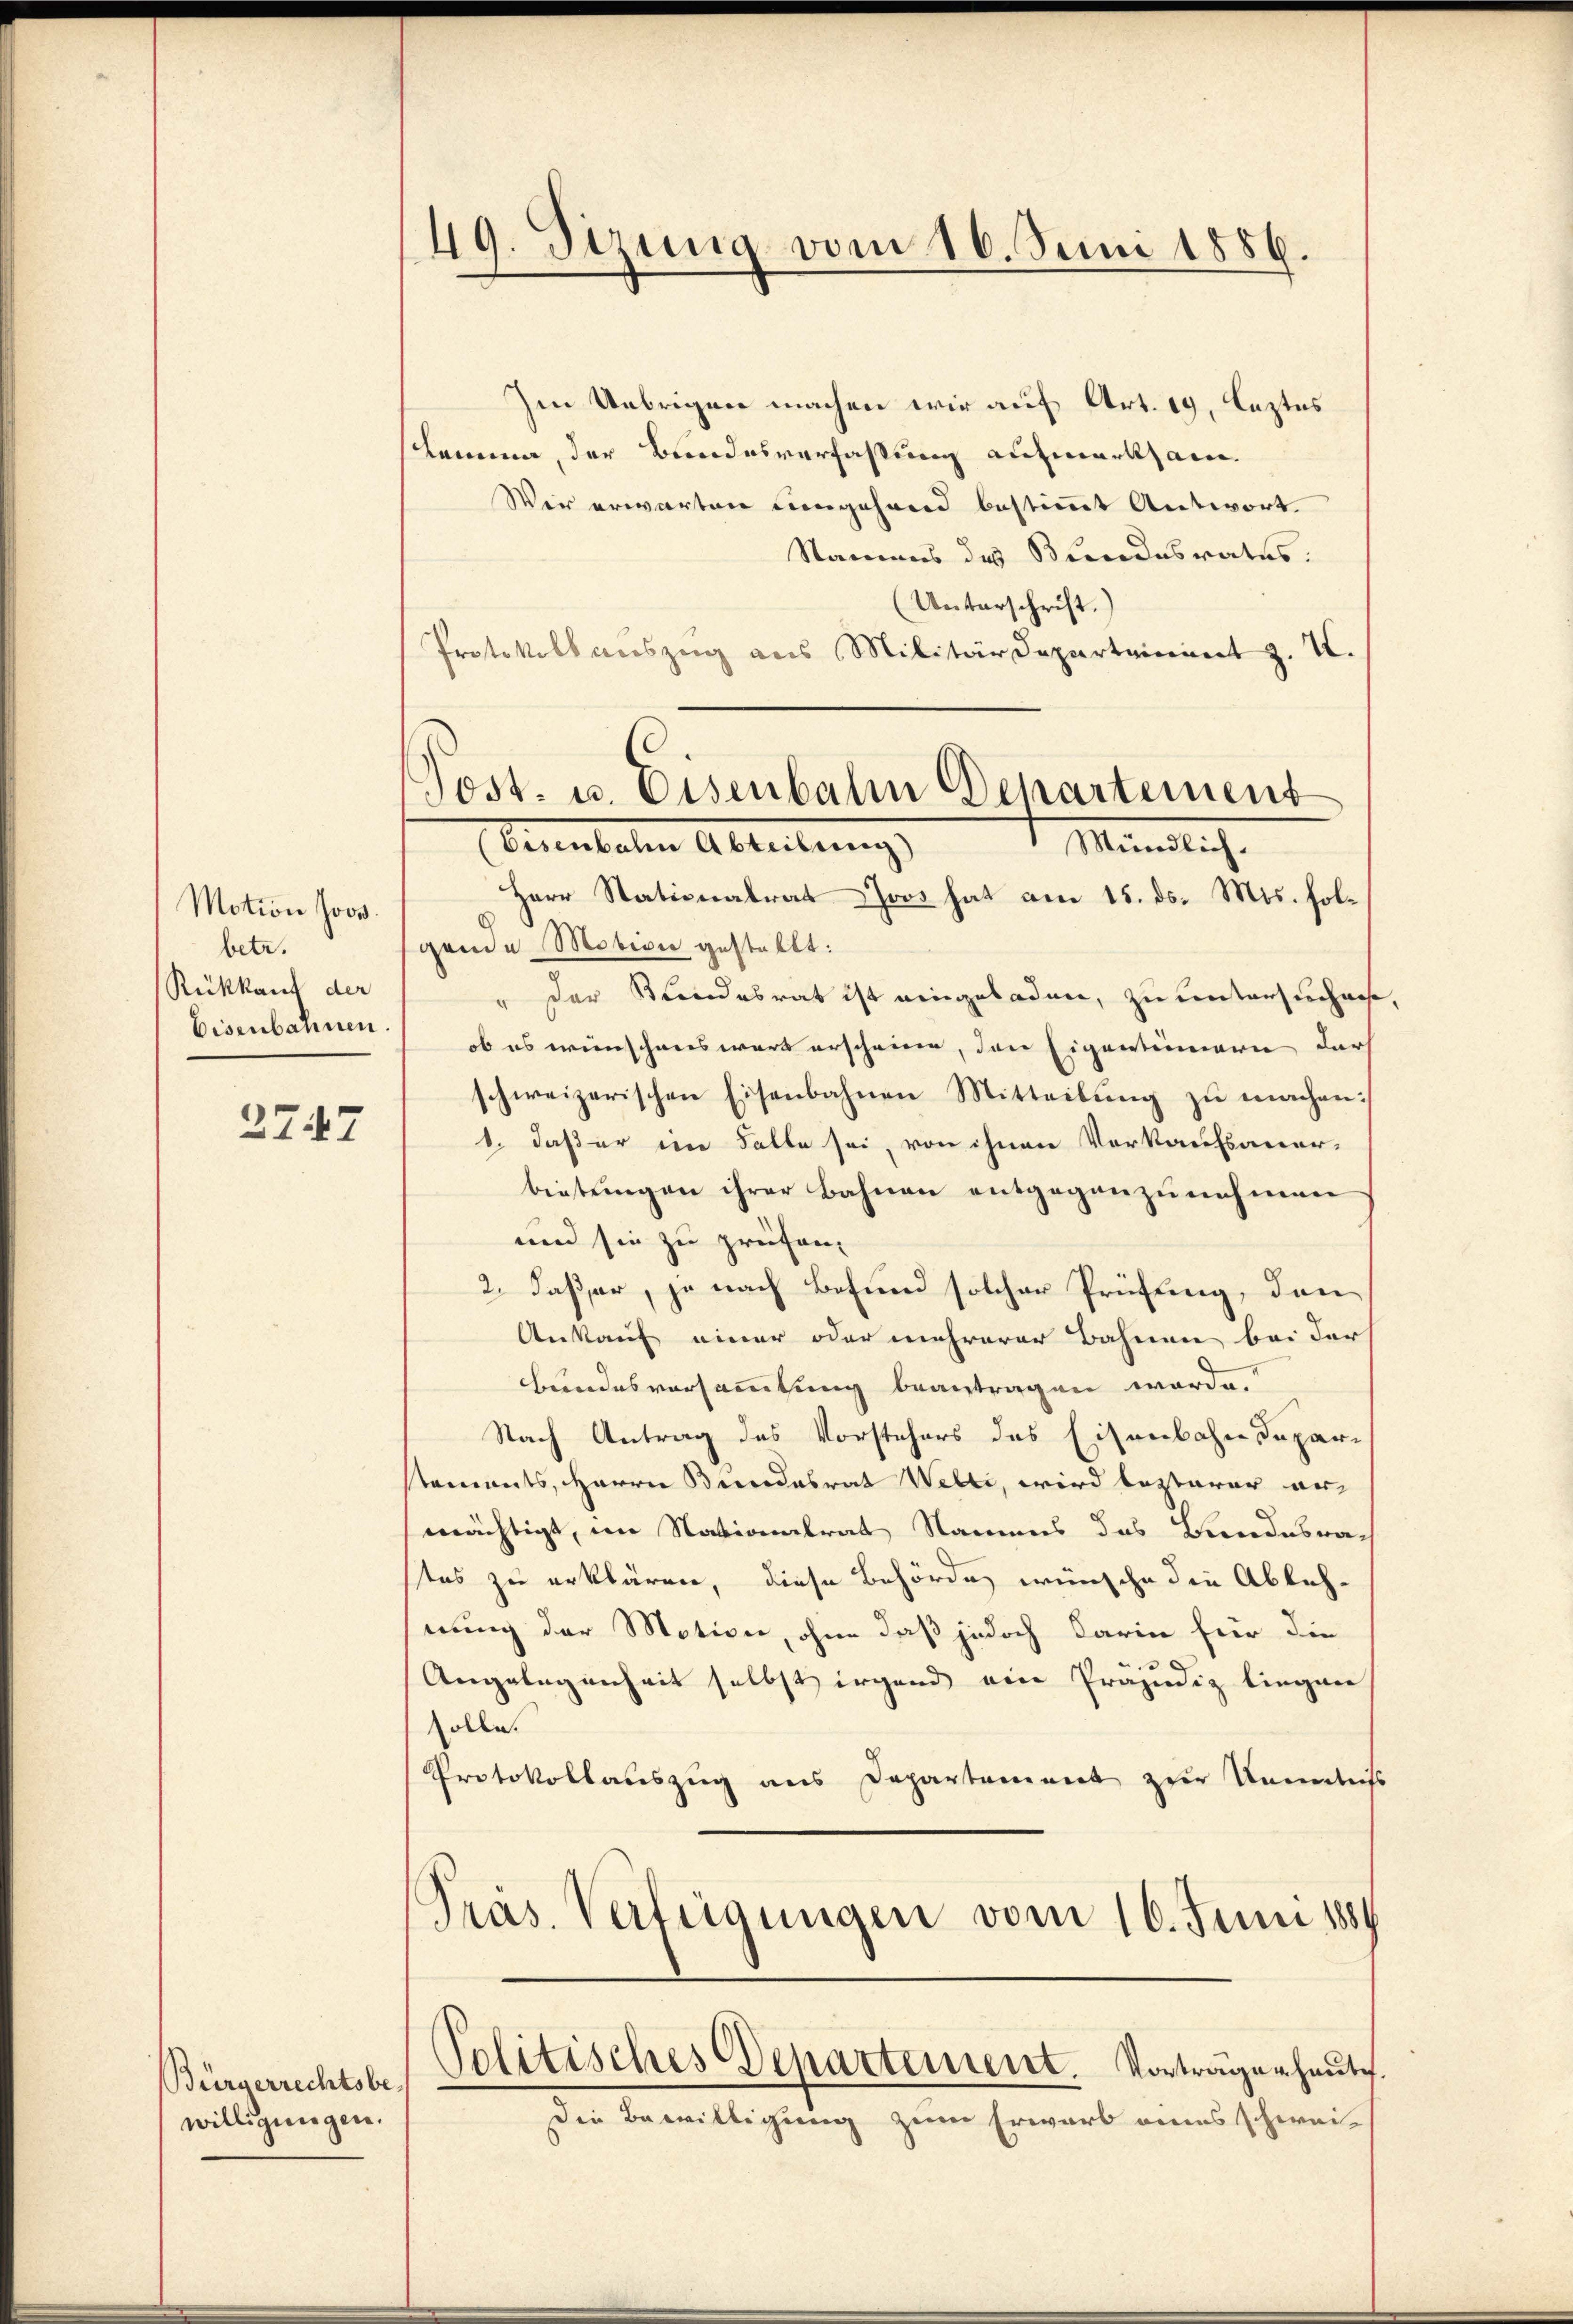
Motion sowo
betr.
Rückkauf der
Eisenbannen.

2747

Bürgerrechtsbe
willigungen.

49. Sizung vom 16. Juni 1886.

Im Uebrigen machen wir auf Art. 19, leztes
Lamma, der Bundesverfassung aufmerksam¬
Wer erwarten eingehand bestimmt Antwort.
Namens des Bundesrates.
(Unterschrift.
Protokoll auszug aus Militärdeparteinant z. I.
Herr Stationalrat Joos hat am 15. ds. Mts. fol¬
G
gende Motion gestellt:
" der Kundesrat ist eingeladen, zu untersuchen
ob es wünschens wart erscheine, den Eigentinnern darf
schweizerischen Eisenbahnen Mitteilung zu machen:
1. daß er im Falle sei, von ihnen Verkaufsauer-
bietungen ihrer Bahnen entgegenzunehmen
und sie zu prüfen,
2. daß er, je nach Befund solcher Prüfung, dann
Ankauf einer oder mehrerer Bahnen bei der
Bundesversammlung beantragen werde.
Nach Antrag des Vorstehers des Eisenbahndepar-
stements, Herrn Bundesrat Welti, wird besterer er
mächtigt, im Nationalrat Namens das Bundesra-
tes zu erklären, diese Behörde wünsche die Ablehnung der Motion, ohne daß jedoch darin für die
Angelegenheit selbst irgend ein Präjudiz liegen
solle.
Protokollauszug aus Departement zur Kenntniss
Präs. Verfeigungen vom 16. Juni 1884
Politisches Departement. Vortragen heute
Die Bewilligung zum Erwarb eines schwei-

Post- u. Eisenbahn Departement
benutalen Abreitung,
1 Ministrich